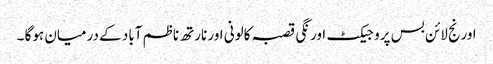
اورنج لائن بس پروجیکٹ اورنگی قصبہ کالونی اور نارتھ ناظم آباد کے درمیان ہوگا ۔